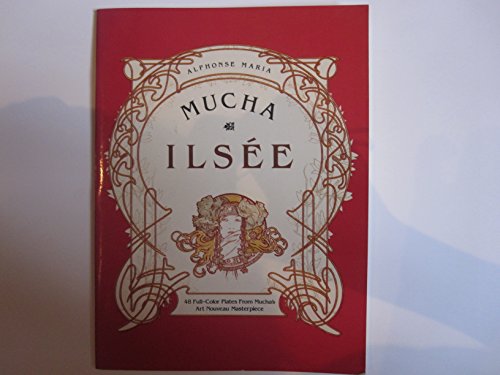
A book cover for Ilsee:  48 Full-Color Plates from Mucha's Art Nouveau  Masterpiece (Dover Pictorial Archive Series); Alphonse Maria Mucha; Arts & Photography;